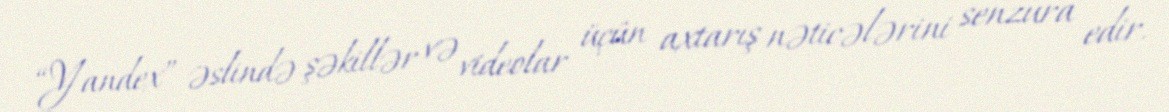
“Yandex” əslində şəkillər və videolar üçün axtarış nəticələrini senzura edir.